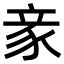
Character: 豙